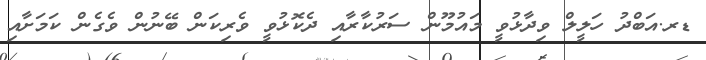
ޑރ.އަބްދު ހަލީލް ވިދާޅުވީ މައުމޫން ސަރުކާރާއި ދެކޮޅުވީ ވެރިކަން ބޭނުން ވެގެން ކަމަށާއި